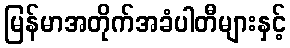
မြန်မာအတိုက်အခံပါတီများနှင့်